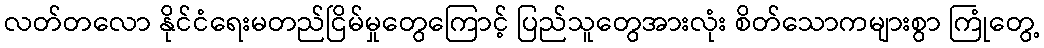
လတ်တလော နိုင်ငံရေးမတည်ငြိမ်မှုတွေကြောင့် ပြည်သူတွေအားလုံး စိတ်သောကများစွာ ကြုံတွေ့